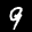
Label: 9